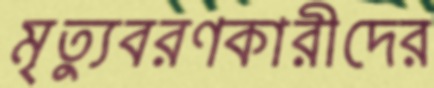
মৃত্যুবরণকারীদের